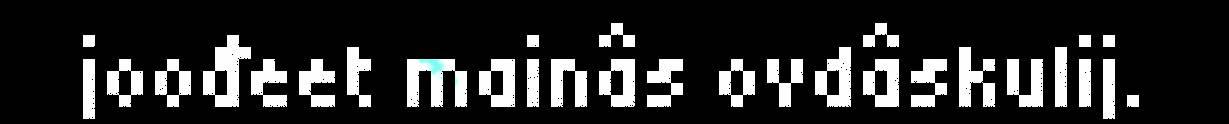
joođeet mainâs ovdâskulij.